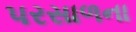
પરસાળના